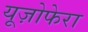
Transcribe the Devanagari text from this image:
यूज़ोफेरा